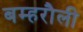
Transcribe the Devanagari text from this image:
बम्हरौली